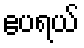
ဧပရယ်